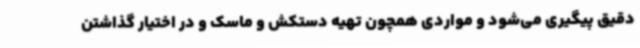
دقیق پیگیری می‌شود و مواردی همچون تهیه دستکش و ماسک و در اختیار گذاشتن